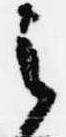
之